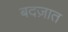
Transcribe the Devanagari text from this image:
बदज़ात